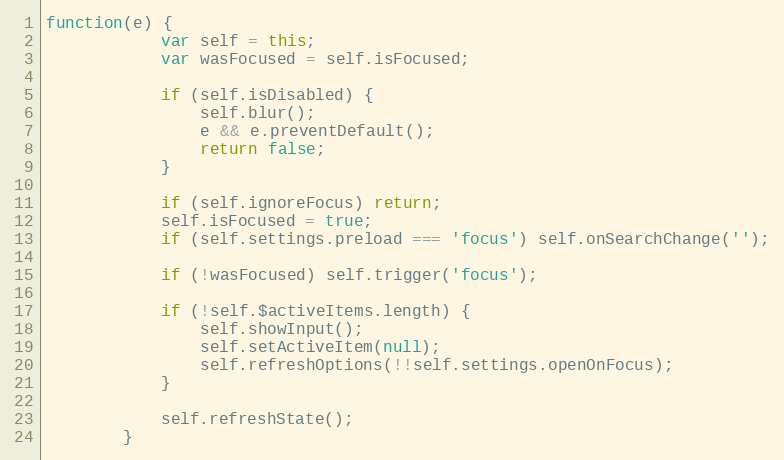
Language: JavaScript
function(e) {
			var self = this;
			var wasFocused = self.isFocused;

			if (self.isDisabled) {
				self.blur();
				e && e.preventDefault();
				return false;
			}

			if (self.ignoreFocus) return;
			self.isFocused = true;
			if (self.settings.preload === 'focus') self.onSearchChange('');

			if (!wasFocused) self.trigger('focus');

			if (!self.$activeItems.length) {
				self.showInput();
				self.setActiveItem(null);
				self.refreshOptions(!!self.settings.openOnFocus);
			}

			self.refreshState();
		}